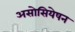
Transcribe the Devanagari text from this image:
असोसियेषन